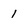
Character: 1